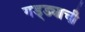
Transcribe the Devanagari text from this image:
गड्ड्याची